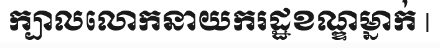
ក្បាលលោកនាយករដ្ឋខណ្ឌម្នាក់ |